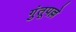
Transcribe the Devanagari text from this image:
गुंतूपल्ले